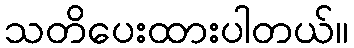
သတိပေးထားပါတယ်။